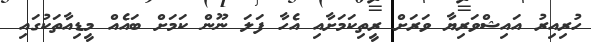
ހުރިއިރު އައިޝްވަރިޔާ ވަރަށް ރީތިކަމަށާއި އެހާ ފަލަ ނޫން ކަމަށް ބައެއް މީޑިއާތަކުގައި